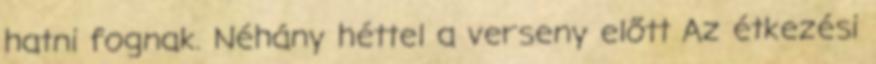
hatni fognak. Néhány héttel a verseny előtt Az étkezési